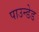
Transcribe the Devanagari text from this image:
पाउन्डेड